Insane asylums Bombay 1873-77 - 1873-1877
Year: 1873
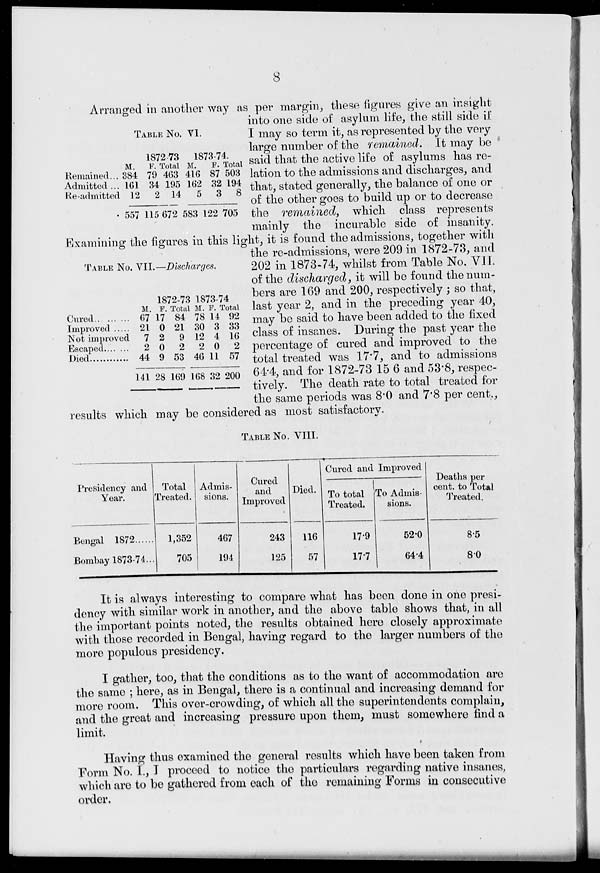
8
TABLE NO. VI.
Remained...
Admitted ...
Re -admitted
1872-73
M.
384
161
12
557
F.
79
34
2
115
Total
463
195
14
672
1873-74.
M.
416
162
5
583
F.
87
32
3
122
Total
503
194
8
705
TABLE NO. VII.—Discharges.
Cured.. ... ...
Improved .....
Not improved
Escaped.... ...
Died............
M.
67
21
7
2
44
141
1872-73
F.
17
0
2
0
9
28
Total
84
21
9
2
53
169
1873-74
M.
78
30
12
2
46
168
F.
14
3
4
0
11
32
Total
92
33
16
2
57
200
Arranged in another way as per margin, these figures give an insight
into one side of asylum life, the still side if
I may so term it, as represented by the very
large number of the remained. It may be
said that the active life of asylums has re-
lation to the admissions and discharges, and
that, stated generally, the balance of one or
of the other goes to build up or to decrease
the remained,
which class represents
mainly the incurable side of insanity.
Examining the figures in this light, it is found the admissions, together with
the re-admissions, were 209 in 1872-73, and
202 in 1873.74, whilst from Table No. VII.
of the discharged, it will be found the num-
bers are 169 and 200, respectively; so that,
last year 2, and in the preceding year 40,
may be said to have been added to the fixed
class of insanes. During the past year the
percentage of cured and improved to the
total treated was 17.7, and to admissions
64.4, and for 1872-73 15 6 and 53.8, respec-
tively. The death rate to total treated for
the same periods was 8.0 and 7.8 per cent.,
results which may be considered as most satisfactory.
TABLE NO. VIII.
Presidency and
Year.
Bengal
1872......
Bombay 1873-74...
Total
Treated.
1,352
705
Admis-
sions.
467
191
Cured
and
Improved
243
125
Died.
116
57
Cured and Improved
To total
Treated.
17.9
17.7
To Admis-
sions.
52.0
64.4
Deaths per
cent. to Total
Treated.
8.5
8 0
It is always interesting to compare what has been done in one presi-
dency with similar work in another, and the above table shows that, in all
the important points noted, the results obtained hero closely approximate
with those recorded in Bengal, having regard to the larger numbers of the
more populous presidency.
I gather, too, that the conditions as to the want of accommodation are
the same ; here, as in Bengal, there is a continual and increasing demand for
more room. This over-crowding, of which all the superintendents complain,
and the great and increasing pressure upon them, must somewhere find a
limit.
Having thus oxamined the general results which have been taken from
Form No. I., I proceed to notice the particulars regarding native insanes,
which are to be gathered from each of the remaining Forms in consecutive
order.